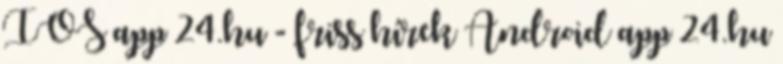
IOS app 24.hu - friss hírek Android app 24.hu